Civil Veterinary Dept. North-West Frontier Province 1933-46 - 1933-1946
Year: 1933
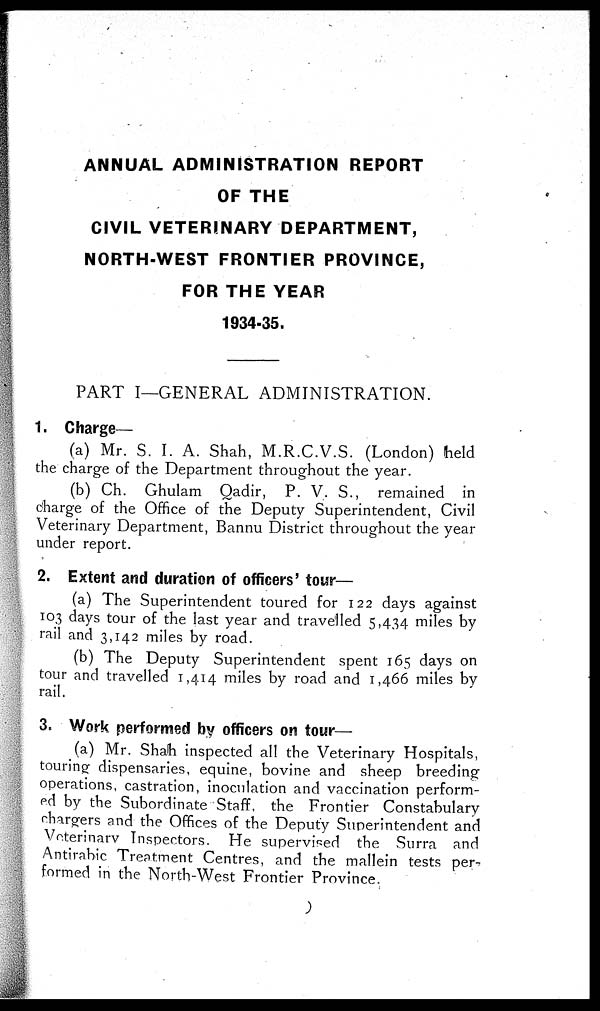
ANNUAL ADMINISTRATION REPORT
OF THE
CIVIL VETERINARY DEPARTMENT,
NORTH-WEST FRONTIER PROVINCE,
FOR THE YEAR
1934-35.
PART I—GENERAL ADMINISTRATION.
1. Charge—
(a) Mr. S. I. A. Shah, M.R.C.V.S. (London) held
the charge of the Department throughout the year.
(b) Ch. Ghulam Qadir, P. V. S., remained in
charge of the Office of the Deputy Superintendent, Civil
Veterinary Department, Bannu District throughout the year
under report.
2. Extent and duration of officers' tour—
(a) The Superintendent toured for 122 days against
103 days tour of the last year and travelled 5,434 miles by
rail and 3,142 miles by road.
(b) The Deputy Superintendent spent 165 days on
tour and travelled 1,414 miles by road and 1,466 miles by
rail.
3. Work performed by officers on tour—
(a) Mr. Shah inspected all the Veterinary Hospitals,
touring dispensaries, equine, bovine and sheep breeding
operations, castration, inoculation and vaccination perform-
ed by the Subordinate Staff, the Frontier Constabulary
chargers and the Offices of the Deputy Superintendent and
Veterinary Inspectors. He supervised the Surra and
Antirabic Treatment Centres, and the mallein tests per-
formed in the North-West Frontier Province.